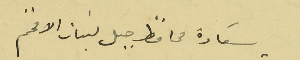
سَعادة محافظ جبل لبنان الافخم